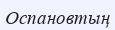
Оспановтың